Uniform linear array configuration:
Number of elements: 12
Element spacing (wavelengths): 0.5
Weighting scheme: binomial
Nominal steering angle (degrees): -60
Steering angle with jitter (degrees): -61.072
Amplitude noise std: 0.05
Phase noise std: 0.05

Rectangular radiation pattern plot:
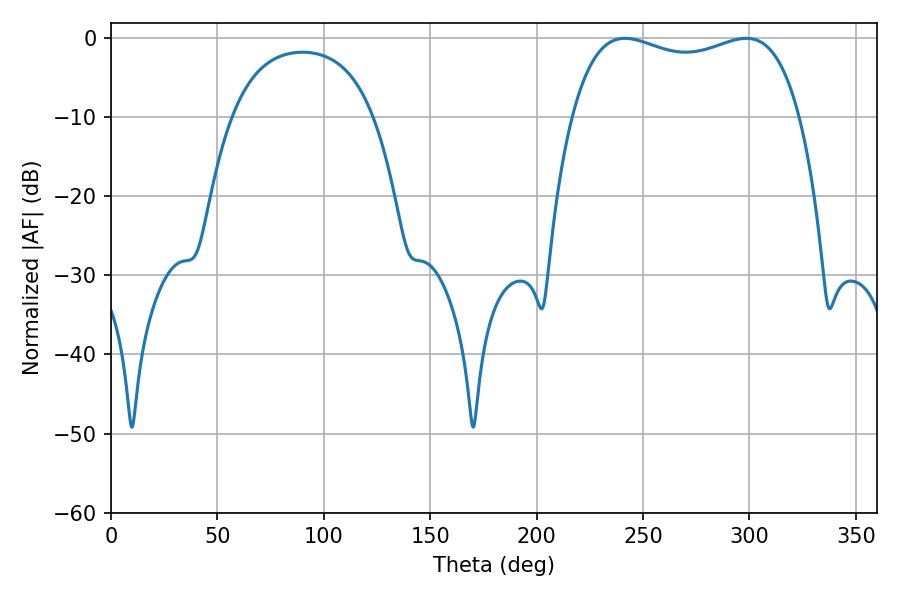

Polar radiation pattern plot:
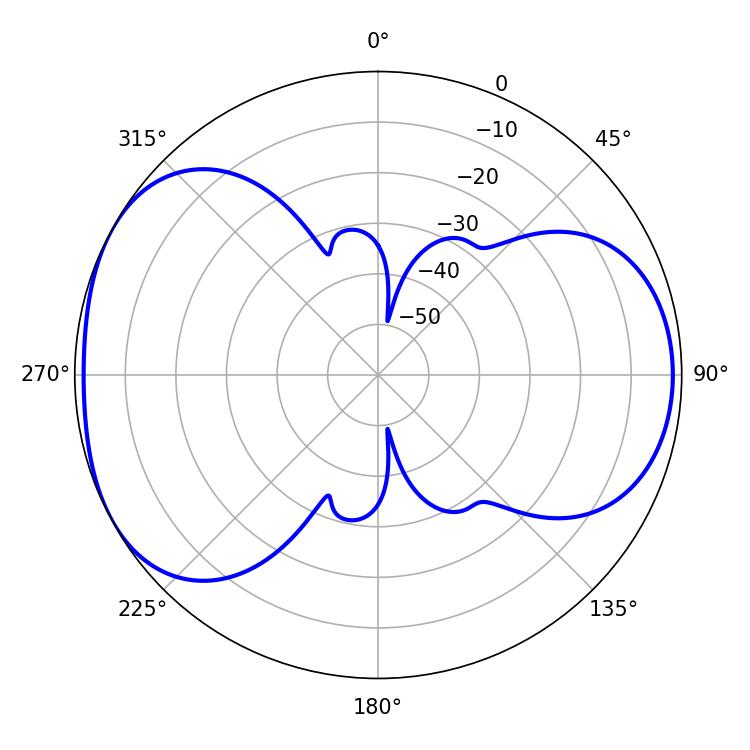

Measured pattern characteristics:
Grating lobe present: FALSE
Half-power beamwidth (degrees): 87.48
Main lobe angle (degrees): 241.56